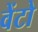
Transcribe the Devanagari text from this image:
वेंटो